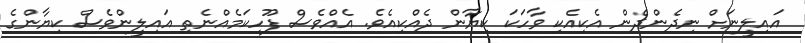
އައިލީނަށް ނިދެންދެން އެކިއެކި ވާހަކަ ކިޔާން ދެއްކިއެވެ. އެއްވެސް ފޫހިކަމެއްނެތި އައިލީންވެސް ކިޔާންގެ